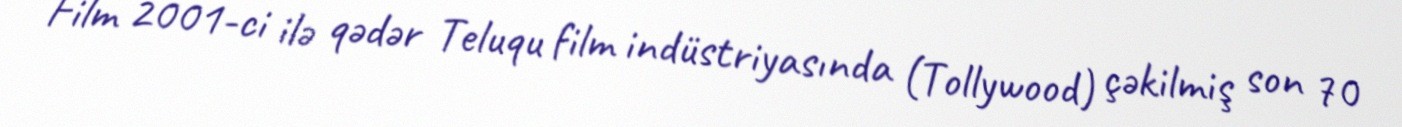
Film 2001-ci ilə qədər Teluqu film indüstriyasında (Tollywood) çəkilmiş son 70